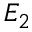
E _ { 2 }